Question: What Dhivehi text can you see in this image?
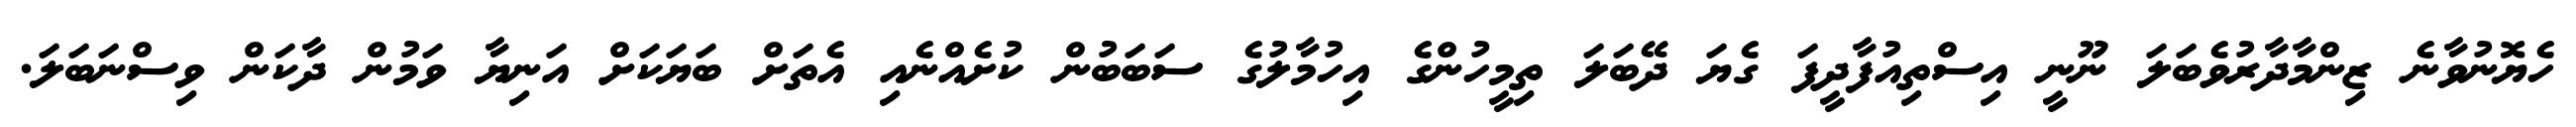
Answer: ހެޔޮނުވާނެ ޒިންމާދާރުވެބަލަ ނޫނީ އިސްތިއުފާދީފަ ގެޔަ ދޭބަލަ ތިމީހުންގެ އިހުމާލުގެ ސަބަބުން ކުށެއްނެއި އެތަށް ބަޔަކަށް އަނިޔާ ވަމުން ދާކަން ވިސްނަބަލަ.